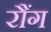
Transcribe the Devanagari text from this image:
रौंग